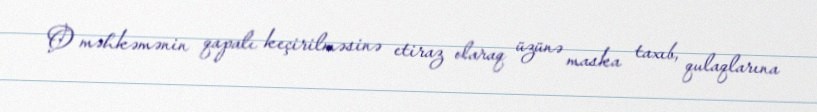
O məhkəmənin qapalı keçirilməsinə etiraz olaraq üzünə maska taxıb, qulaqlarına